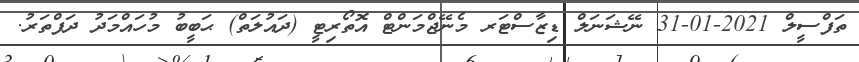
ތަފްސީލް 2021-01-31 ނޭޝަނަލް ޑިޒާސްޓަރ މެނޭޖްމަންޓް އޮތޯރިޓީ (ދައުލަތް) ޙަބީބު މުހައްމަދު ދަފްތަރު.